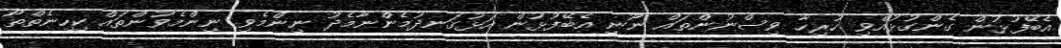
އެބޭފުޅުން ގެންގުޅުއްވި ހުރިހާ ވިސްނުންތައް ނޫނީ އެބޭފުޅުން އަޅުގަނދުމެންނާމެދު ނިންމެވި ނިންމެވުންތައް ކިހިނެތްތޯ